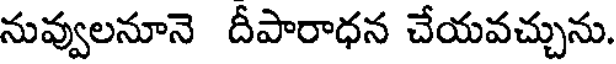
నువ్వులనూనె దీపారాధన చేయవచ్చును.